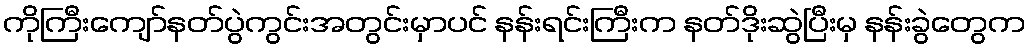
ကိုကြီးကျော်နတ်ပွဲကွင်းအတွင်းမှာပင် နန်းရင်းကြီးက နတ်ဒိုးဆွဲပြီးမှ နန်းခွဲတွေက